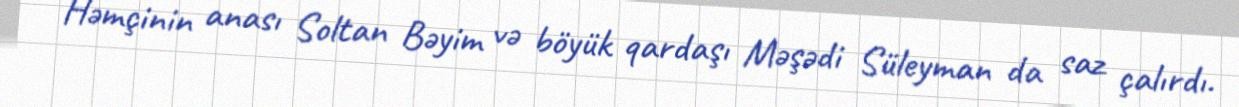
Həmçinin anası Soltan Bəyim və böyük qardaşı Məşədi Süleyman da saz çalırdı.